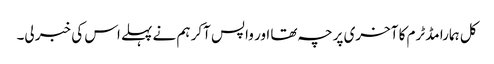
کل ہمارا مڈٹرم کا آخری پرچہ تھا اور واپس آکر ہم نے پہلے اس کی خبر لی۔